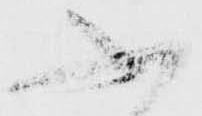
ふ